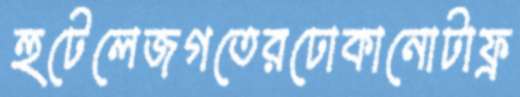
হুটেলেজগতেরঢোকানোটাফ্র